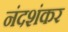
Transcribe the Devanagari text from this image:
नंदशंकर